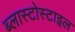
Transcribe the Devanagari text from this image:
ब्लास्टोस्टाइल